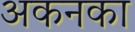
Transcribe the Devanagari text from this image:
अकनका